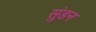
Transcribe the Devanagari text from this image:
सुंडन